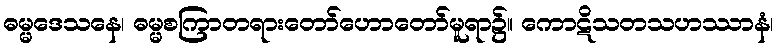
ဓမ္မဒေသနေ၊ ဓမ္မစကြာတရားတော်ဟောတော်မူရာ၌။ ကောဋိသတသဟဿာနံ၊